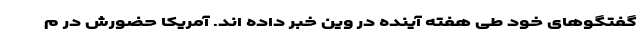
گفتگوهای خود طی هفته آینده در وین خبر داده اند. آمریکا حضورش در م